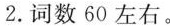
2.词数60左右。